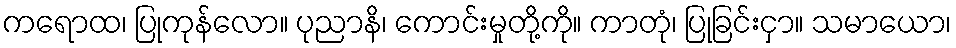
ကရောထ၊ ပြုကုန်လော။ ပုညာနိ၊ ကောင်းမှုတို့ကို။ ကာတုံ၊ ပြုခြင်းငှာ။ သမာယော၊